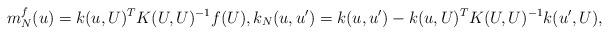
LaTeX: \begin{align*}m_N^f(u) = k(u,U)^T K(U,U)^{-1} f(U), k_N(u,u') = k(u,u') - k(u,U)^T K(U,U)^{-1} k(u',U),\end{align*}